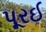
પૂરઈ